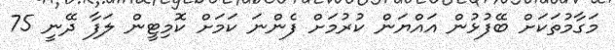
މަގާމުތަކަށް ބޭފުޅުން އައްޔަން ކުރުމަށް ފެންނަ ކަމަށް ކޮމިޓީން ލަފާ ދޭނީ 75